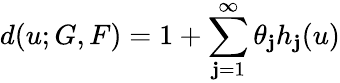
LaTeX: d(u;G,F)=1+\sum_{\mathbf{j}=1}^{\infty}\theta_{\mathbf{j}}h_{\mathbf{j}}(u)